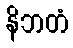
နိဘတံ